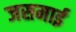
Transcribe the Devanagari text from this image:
जसमाई